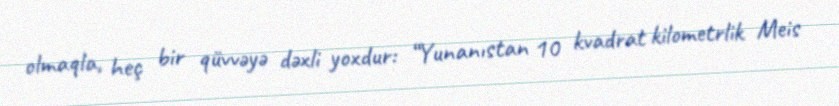
olmaqla, heç bir qüvvəyə dəxli yoxdur: “Yunanıstan 10 kvadrat kilometrlik Meis